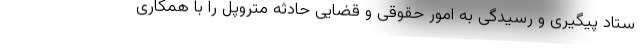
ستاد پیگیری و رسیدگی به امور حقوقی و قضایی حادثه متروپل را با همکاری